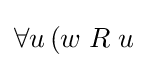
\forall u\,(w\;R\;u